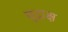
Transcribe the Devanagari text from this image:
मुद्राक्ष